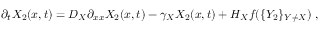
\partial _ { t } X _ { 2 } ( x , t ) = D _ { X } \partial _ { x x } X _ { 2 } ( x , t ) - \gamma _ { X } X _ { 2 } ( x , t ) + H _ { X } f ( \{ Y _ { 2 } \} _ { Y \neq X } ) ~ ,